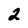
Character: 2